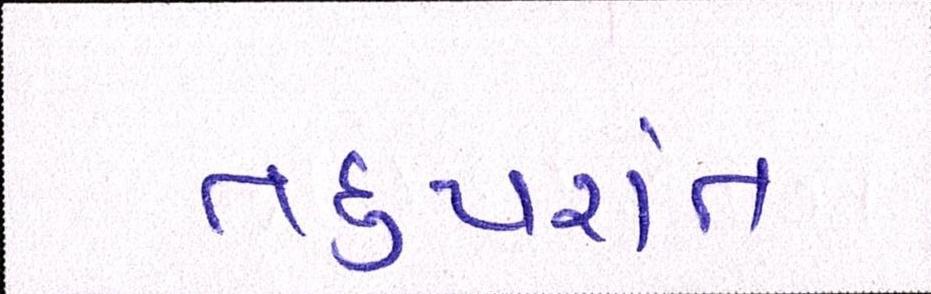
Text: તદુપરાંત